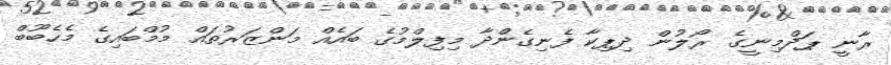
ރާނީ ޕަދްމިނީގެ ރޯލުން ދިޕިކާ ފެނިގެންދާ މިފިލްމުގެ ބައެއް މަންޒަރުތައް މުމްބައިގެ މެހެބޫބް